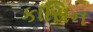
કાસિન